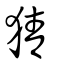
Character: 猜